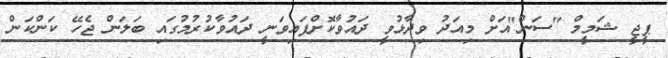
ޕީޖީ ޝަމީމް "ސަން"އަށް މިއަދު ވިދާޅުވީ ދައުވާކޮށްފައިވަނީ ދައުވާކުރުމުގައި ބަލަން ޖެހޭ ކަންކަން